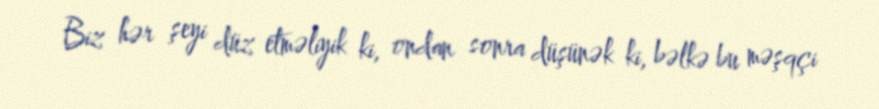
Biz hər şeyi düz etməliyik ki, ondan sonra düşünək ki, bəlkə bu məşqçi